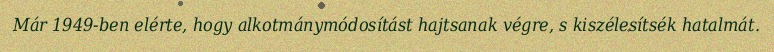
Már 1949-ben elérte, hogy alkotmánymódosítást hajtsanak végre, s kiszélesítsék hatalmát.